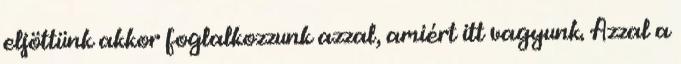
eljöttünk akkor foglalkozzunk azzal, amiért itt vagyunk. Azzal a